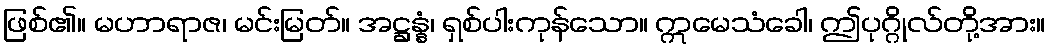
ဖြစ်၏။ မဟာရာဇ၊ မင်းမြတ်။ အဋ္ဌန္နံ၊ ရှစ်ပါးကုန်သော။ ဣမေသံခေါ၊ ဤပုဂ္ဂိုလ်တို့အား။